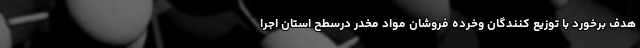
هدف برخورد با توزیع کنندگان وخرده فروشان مواد مخدر درسطح استان اجرا